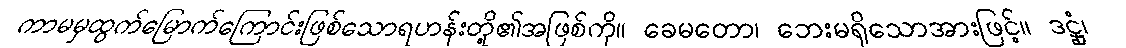
ကာမမှထွက်မြောက်ကြောင်းဖြစ်သောရဟန်းတို့၏အဖြစ်ကို။ ခေမတော၊ ဘေးမရှိသောအားဖြင့်။ ဒဋ္ဌုံ၊